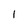
Character: 1